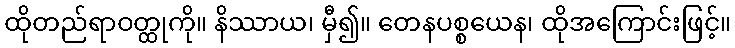
ထိုတည်ရာဝတ္ထုကို။ နိဿာယ၊ မှီ၍။ တေနပစ္စယေန၊ ထိုအကြောင်းဖြင့်။